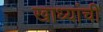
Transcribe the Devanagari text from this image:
खाध्यांची